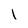
Character: I